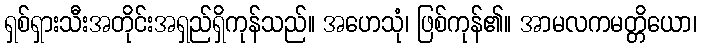
ရှစ်ရှားသီးအတိုင်းအရှည်ရှိကုန်သည်။ အဟေသုံ၊ ဖြစ်ကုန်၏။ အာမလကမတ္တိယော၊